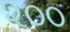
૨૦૦